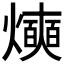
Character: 𰟰